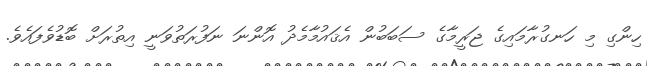
ހިންގި މި ހަނގުރާމައިގެ ޖަރީމާގެ ސަބަބުން އެޤައުމާމެދު އޮންނަ ނަފުރަތުވަނީ އިތުރަށް ބޮޑުވެފައެވެ.